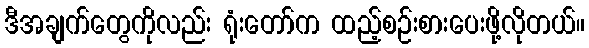
ဒီအချက်တွေကိုလည်း ရုံးတော်က ထည့်စဉ်းစားပေးဖို့လိုတယ်။